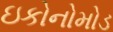
ઇકોનોમોડ